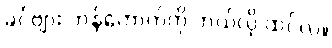
ခင်ဗျား ဘန်ကောက်ကို ဘယ်လို ထင်လဲ။